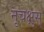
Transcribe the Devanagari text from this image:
नृचक्षुस्